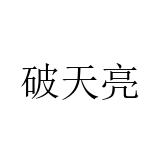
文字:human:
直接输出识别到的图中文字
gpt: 破天亮